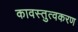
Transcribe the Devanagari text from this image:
कावस्तुत्वकरण